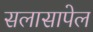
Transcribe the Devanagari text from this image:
सलासापेल